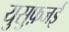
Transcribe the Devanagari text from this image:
युसुफ़जई